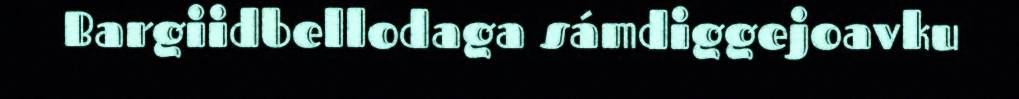
Bargiidbellodaga sámdiggejoavku